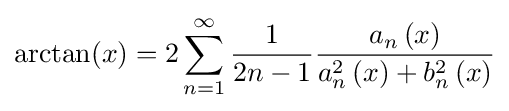
\arctan(x)=2\sum _{n=1}^{\infty }{{\frac {1}{2n-1}}{\frac {{{a}_{n}}\left(x\right)}{a_{n}^{2}\left(x\right)+b_{n}^{2}\left(x\right)}}}